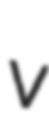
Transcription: v